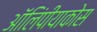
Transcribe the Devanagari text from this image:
ऑलिंपीयाकोस